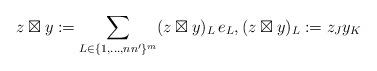
LaTeX: \begin{align*}z\boxtimes y:=\sum_{L\in\{1,\ldots,nn'\}^m}(z\boxtimes y)_L\,e_{L},(z\boxtimes y)_L:=z_{J}y_{K}\end{align*}